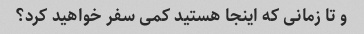
و تا زمانی که اینجا هستید کمی سفر خواهید کرد؟